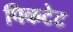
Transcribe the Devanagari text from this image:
पिकटेट